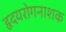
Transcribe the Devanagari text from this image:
हृदयरोगनाशक